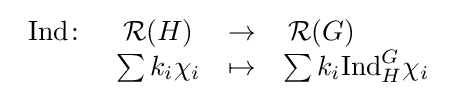
{\begin{array}{cccl}{\text{Ind}}\colon &{\mathcal {R}}(H)&\to &\,{\mathcal {R}}(G)\\&\sum k_{i}\chi _{i}&\mapsto &\sum k_{i}{\text{Ind}}_{H}^{G}\chi _{i}\end{array}}